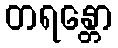
တရန္တော